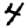
Digit: 4